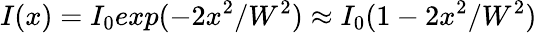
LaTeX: I(x)=I_{0}exp(-2x^{2}/W^{2})\approx I_{0}(1-2x^{2}/W^{2})